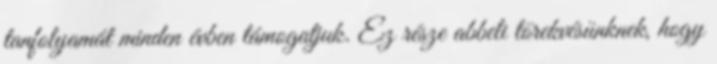
tanfolyamát minden évben támogatjuk. Ez része abbeli törekvésünknek, hogy